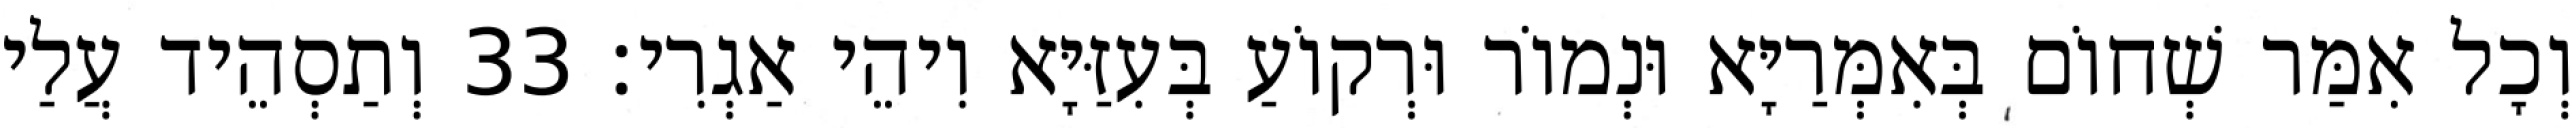
וְכָל אִמַּר שְׁחוֹם בְּאִמְּרַיָּא וּנְמוֹר וּרְקוֹעַ בְּעִזַּיָּא וִיהֵי אַגְרִי׃ 33 וְתַסְהֵיד עֲלַי